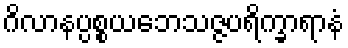
ဂိလာနပ္ပစ္စယဘေသဇ္ဇပရိက္ခာရာနံ